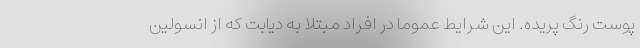
پوست رنگ پریده. این شرایط عموماً در افراد مبتلا به دیابت که از انسولین